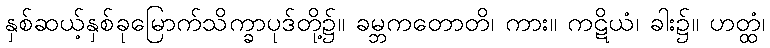
နှစ်ဆယ့်နှစ်ခုမြောက်သိက္ခာပုဒ်တို့၌။ ခမ္ဘကတောတိ၊ ကား။ ကဋိယံ၊ ခါး၌။ ဟတ္ထံ၊